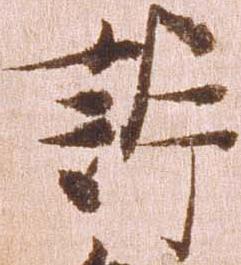
訴